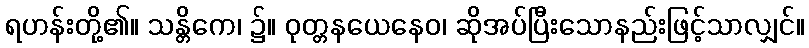
ရဟန်းတို့၏။ သန္တိကေ၊ ၌။ ဝုတ္တနယေနေဝ၊ ဆိုအပ်ပြီးသောနည်းဖြင့်သာလျှင်။